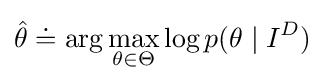
{\hat {\theta }}\doteq \arg \max _{\theta \in \Theta }\log p(\theta \mid I^{D})